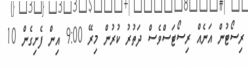
ރިސޯޓުން އަނެއް ރިސޯޓަސްވެސް ދަތުރު ކުރުން މިރޭ 9:00 އިން ފެށިގެން 10